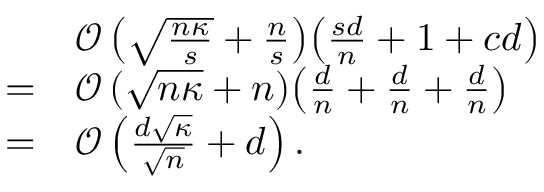
\begin{array} { r l } & { \mathcal { O } \left( \sqrt { \frac { n \kappa } { s } } + \frac { n } { s } \right) \! \left( \frac { s d } { n } + 1 + c d \right) } \\ { = } & { \mathcal { O } \left( \sqrt { n \kappa } + n \right) \! \left( \frac { d } { n } + \frac { d } { n } + \frac { d } { n } \right) } \\ { = } & { \mathcal { O } \left( \frac { d \sqrt { \kappa } } { \sqrt { n } } + d \right) . } \end{array}